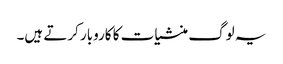
یہ لوگ منشیات کا کاروبار کرتے ہیں۔